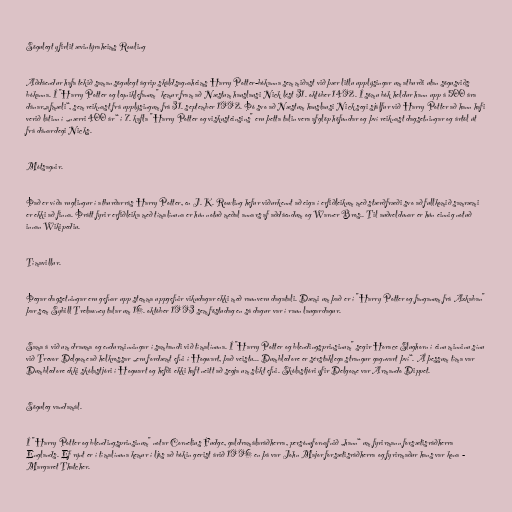
Sögulegt yfirlit ævintýraheims Rowling

Aðdáendur hafa tekið saman sögulegt ágrip skáldsagnaheims Harry Potter-bókanna sem miðast við þær litlu upplýsingar um atburði utan sögusviðs
bókanna. Í "Harry Potter og leyniklefanum" kemur fram að Næstum hauslausi Nick lést 31. október 1492. Í sömu bók heldur hann upp á 500 ára
dánar„afmæli“, sem reiknast frá upplýsingum frá 31. september 1992. Þó svo að Næstum hauslausi Nick segi sjálfur við Harry Potter að hann hafi
verið látinn í „nærri 400 ár“ í 7. kafla "Harry Potter og viskusteinsins" eru þetta talin vera afglöp höfundar og því reiknast dagsetningar og ártöl út
frá dánardegi Nicks.

Mótsagnir.

Það er víða ruglingur í atburðarrás Harry Potter, en J. K. Rowling hefur viðurkennt að eiga í erfiðleikum með stærðfræði svo að fullkomið samræmi
er ekki að finna. Þrátt fyrir erfiðleika með tímalínuna er hún notuð meðal annars af aðdáendum og Warner Bros.. Til auðveldunar er hún einnig notuð
innan Wikipediu.

Tímavillur.

Þegar dagsetningar eru gefnar upp stemma uppgefnir vikudagar ekki með raunveru dagatali. Dæmi um það er í "Harry Potter og fanganum frá Azkaban"
þar sem Sybill Trelawney talar um 16. október 1993 sem föstudag en sá dagur var í raun laugardagur.

Sama á við um drauma og endurminningar í sambandi við tímalínuna. Í "Harry Potter og blendingsprinsinum" segir Horace Slughorn í einu minninu sínu
við Trevor Delgome að helkrossar „eru fordæmt efni í Hogwart, það veistu... Dumbledore er sérstaklega strangur gagnvart því“. Á þessum tíma var
Dumbledore ekki skólastjóri í Hogwart og hefði ekki haft neitt að segja um slíkt efni. Skólastjóri yfir Delgome var Armando Dippet.

Söguleg vandamál.

Í "Harry Potter og blendingsprinsinum" notar Cornelius Fudge, galdramálaráðherra, persónufornafnið „hann“ um fyrirmann forsætisráðherra
Englands. Ef rýnt er í tímalínuna kemur í ljós að bókin gerist árið 1996 en þá var John Major forsætisráðherra og fyrirmaður hans var kona -
Margaret Thatcher.